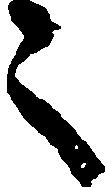
之